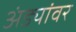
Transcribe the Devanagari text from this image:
अंड्यांवर